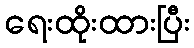
ရေးထိုးထားပြီး